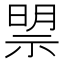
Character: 𱵗